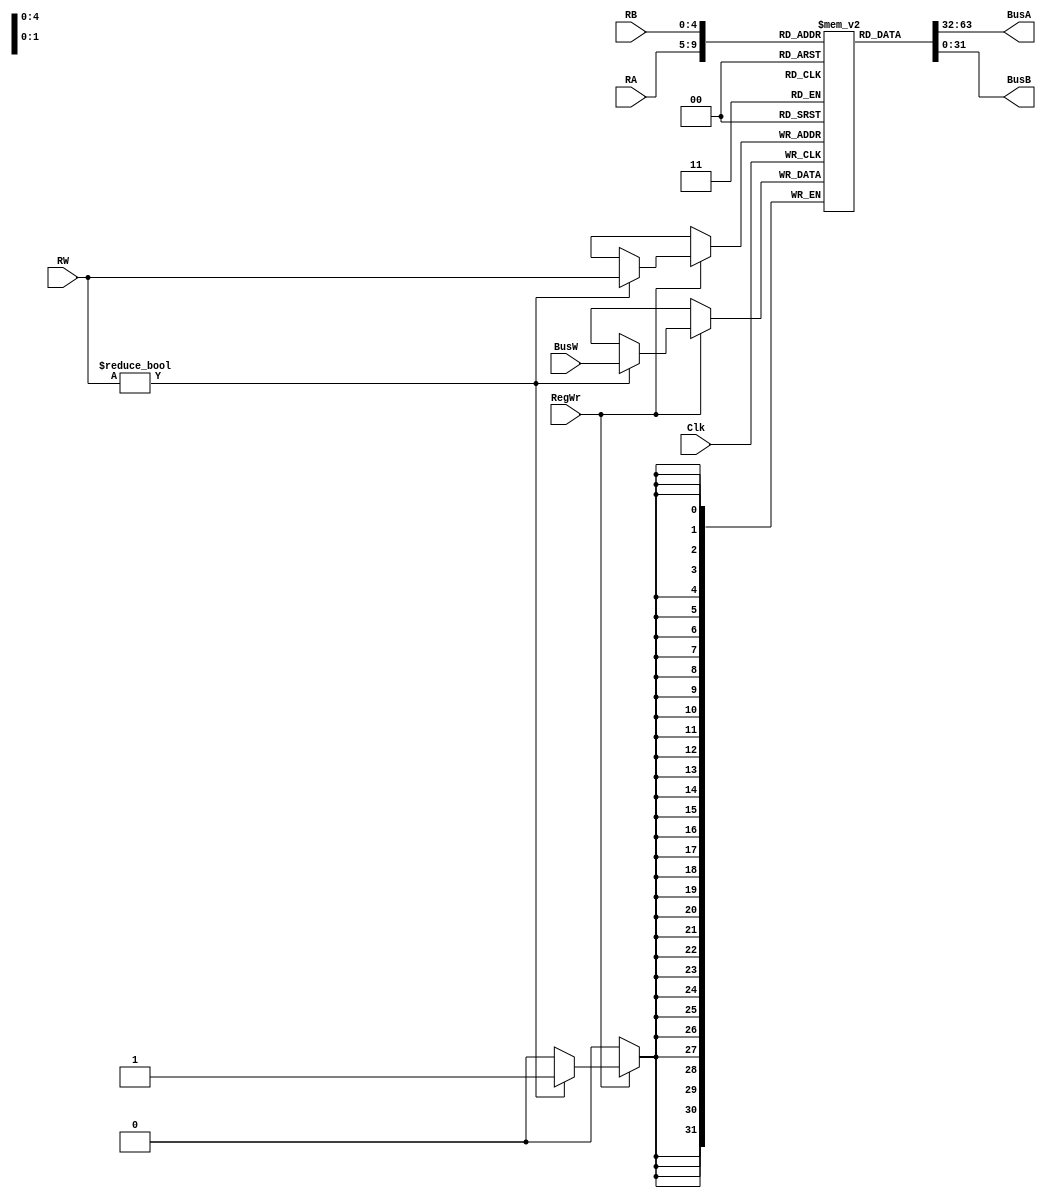
`timescale 1ns / 1ps
//////////////////////////////////////////////////////////////////////////////////
// Company: 
// Engineer: 
// 
// Design Name: 
// Module Name: RegisterFile
// Project Name: 
// Target Devices: 
// Tool Versions: 
// Description: 
// 
// Dependencies: 
// 
// Revision:
// Revision 0.01 - File Created
// Additional Comments:
// 
//////////////////////////////////////////////////////////////////////////////////

module RegisterFile(BusA, BusB, BusW, RA, RB, RW, RegWr, Clk);
output reg [31:0] BusA, BusB;
input [31:0] BusW;
input [4:0]RA, RB, RW;
input RegWr, Clk;
    
    reg [31:0] Register[0:31]; //create 32 registers of 32 bits long 
    initial 
    begin
        Register[0]=32'b0; //store 0 on address 0
    end
    
    always @(*) //whenever RA or RB changes
    begin
        BusA<= Register[RA]; //update BusA
        BusB<= Register[RB]; //update BusB
    end
    
    always @(posedge Clk) //on the posetive edge of the clock
    begin
        //Register[0]<=32'b0;
        if (RegWr==1) //if write is enabled
            begin
                if(RW!=0) //only if write address is not 0
                    Register[RW]=BusW; //write to register
                     //update BusB
            end
            
    end
endmodule